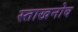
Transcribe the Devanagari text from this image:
स्ताखनोव